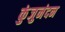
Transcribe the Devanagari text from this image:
कुंजुनंदन